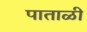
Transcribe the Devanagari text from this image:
पाताळीं